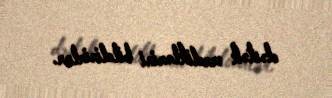
dəstək verdiklərini bildirirlər.